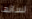
لسانها